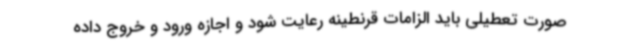
صورت تعطیلی باید الزامات قرنطینه رعایت شود و اجازه ورود و خروج داده